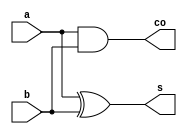
module HalfAdder(
	input a,
	input b,
	output s,
	output co);
	assign co = a & b;
	assign s = a ^ b;
endmodule